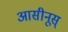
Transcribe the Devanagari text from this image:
आसीनूस्